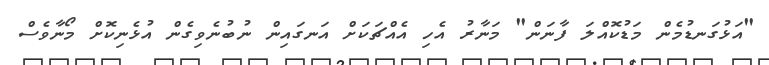
"އަޅުގަނޑުމެން މަޑުކޮއްލަ ފާނަން" މަނާރު އެހި އެއްޗަކަށް އަނގައިން ނުބުނެވިގެން އުޅެނިކޮށް މޯނާވެސް